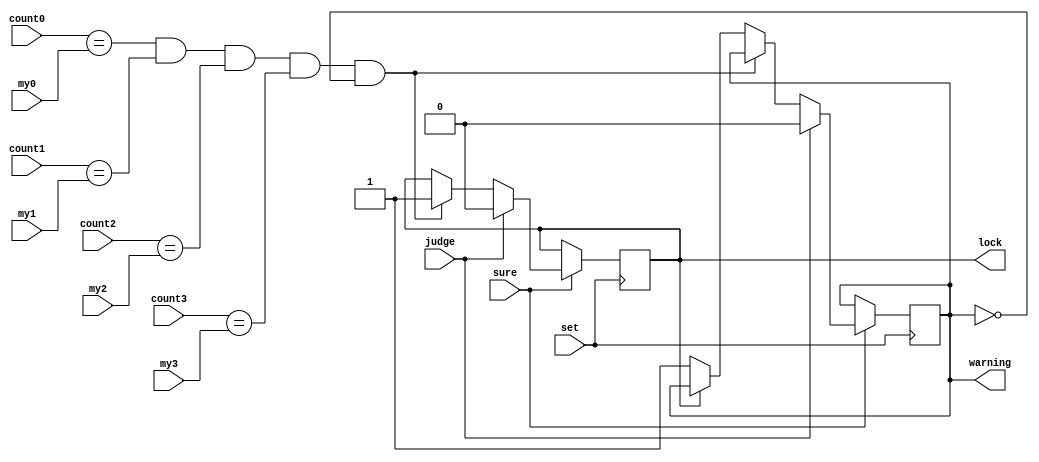
module set_check(
    input[3:0] count0,
    input[3:0] count1,
    input[3:0] count2,
    input[3:0] count3,
    input[3:0] my0,
    input[3:0] my1,
    input[3:0] my2,
    input[3:0] my3,
    input judge,
    input set,
    input sure,
    output lock,
    output warning
    );
   wire set,judge,sure; 
   wire[3:0] count0,count1,count2,count3,my0,my1,my2,my3;
   reg lock=0,warning=0;
   always @(posedge set)
   begin
       if(sure==1)
       begin
       if(count0==my0&&count1==my1&&count2==my2&&count3==my3&&warning==0)
       lock=1;
       else if(lock==0)
       warning=1;
       if(judge==1)
       begin
       lock=0;
       warning=0;
       end
       end
   end
endmodule